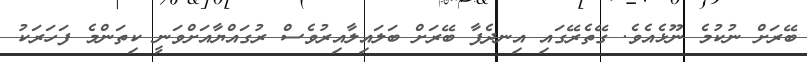
ބޭރަށް ނުކުމެ ނޫޅެއެވެ. ގޭތެރޭގައި އިނދެފާ ބޭރަށް ބަލައިލާއިރުވެސް ރުގައްޔާއަށްވަނީ ކިތަންމެ ފަހަރަކު